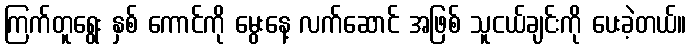
ကြက်တူရွေး နှစ် ကောင်ကို မွေးနေ့ လက်ဆောင် အဖြစ် သူငယ်ချင်းကို ပေးခဲ့တယ်။